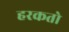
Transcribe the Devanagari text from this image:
हरकतो